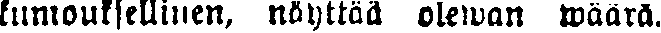
kumouksellinen, näyttää olewan wäärä.